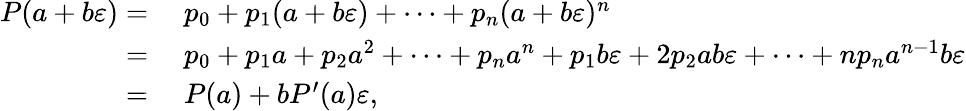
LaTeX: \begin{array}{rl}{P(a+b\varepsilon)={}}&{{}p_{0}+p_{1}(a+b\varepsilon)+\cdots+p_{n}(a+b\varepsilon)^{n}}\\ {={}}&{{}p_{0}+p_{1}a+p_{2}a^{2}+\cdots+p_{n}a^{n}+p_{1}b\varepsilon+2p_{2}ab\varepsilon+\cdots+np_{n}a^{n-1}b\varepsilon}\\ {={}}&{{}P(a)+bP^{\prime}(a)\varepsilon,}\end{array}